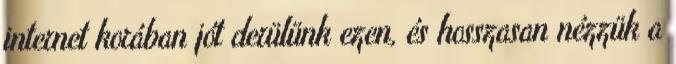
internet korában jót derülünk ezen, és hosszasan nézzük a